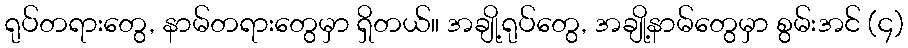
ရုပ်တရားတွေ, နာမ်တရားတွေမှာ ရှိတယ်။ အချို့ရုပ်တွေ, အချို့နာမ်တွေမှာ စွမ်းအင် (၄)